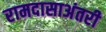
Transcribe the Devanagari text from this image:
रामदासाअंतरी